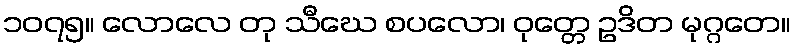
၁၀၇၅။ လောလေ တု သီဃေ စပလော၊ ဝုတ္တေ ဥဒိတ မုဂ္ဂတေ။